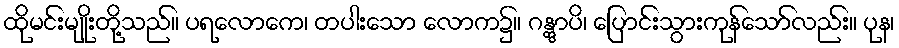
ထိုမင်းမျိုးတို့သည်။ ပရလောကေ၊ တပါးသော လောက၌။ ဂန္တွာပိ၊ ပြောင်းသွားကုန်သော်လည်း။ ပုန၊